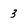
Character: 3